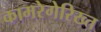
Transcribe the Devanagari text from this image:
कामरेगेरिख्त